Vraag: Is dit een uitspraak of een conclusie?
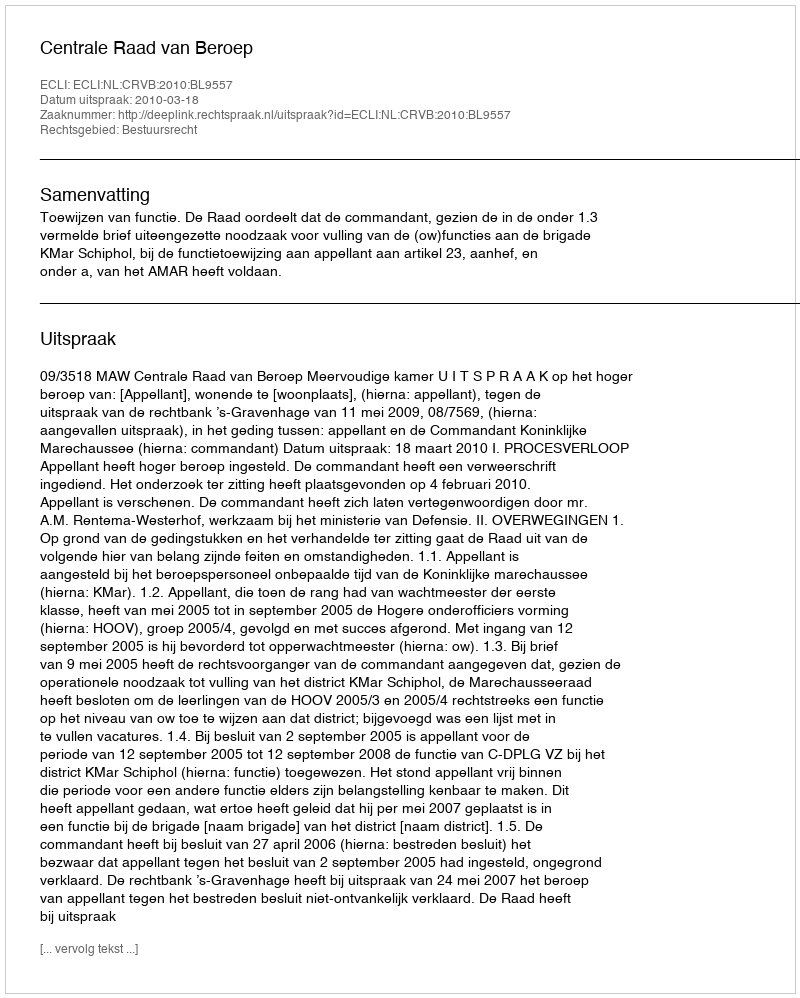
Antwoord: Uitspraak